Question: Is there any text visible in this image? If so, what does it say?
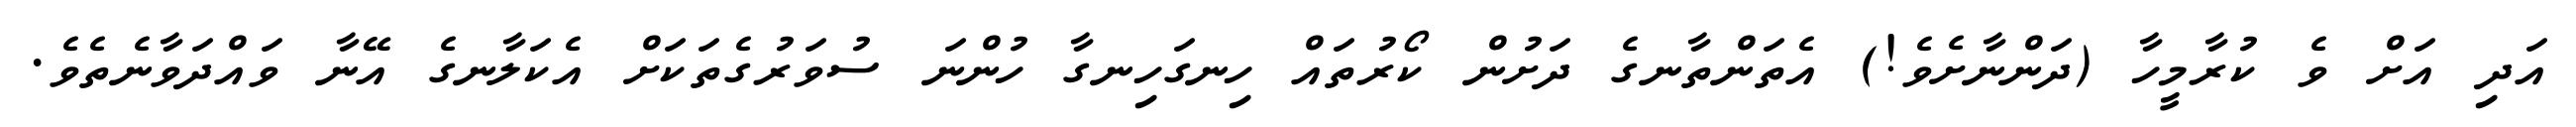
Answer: އަދި އަށް ވެ ކުރާމީހާ (ދަންނާށެވެ!) އެތަންތާނގެ ދަށުން ކޯރުތައް ހިނގަހިނގާ ހުންނަ ސުވަރުގެތަކަށް އެކަލާނގެ އޭނާ ވައްދަވާނެތެވެ.